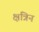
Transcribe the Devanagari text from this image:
क्षत्रिन